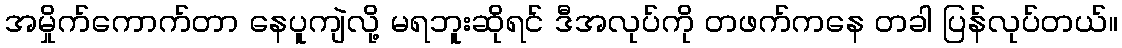
အမှိုက်ကောက်တာ နေပူကျဲလို့ မရဘူးဆိုရင် ဒီအလုပ်ကို တဖက်ကနေ တခါ ပြန်လုပ်တယ်။